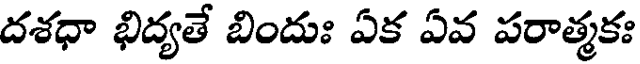
దశధా భిద్యతే బిందుః ఏక ఏవ పరాత్మకః